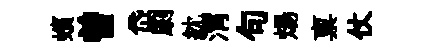
蠙曽岱劇紞渭句煬禀仗